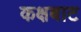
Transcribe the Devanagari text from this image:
कक्षबाट